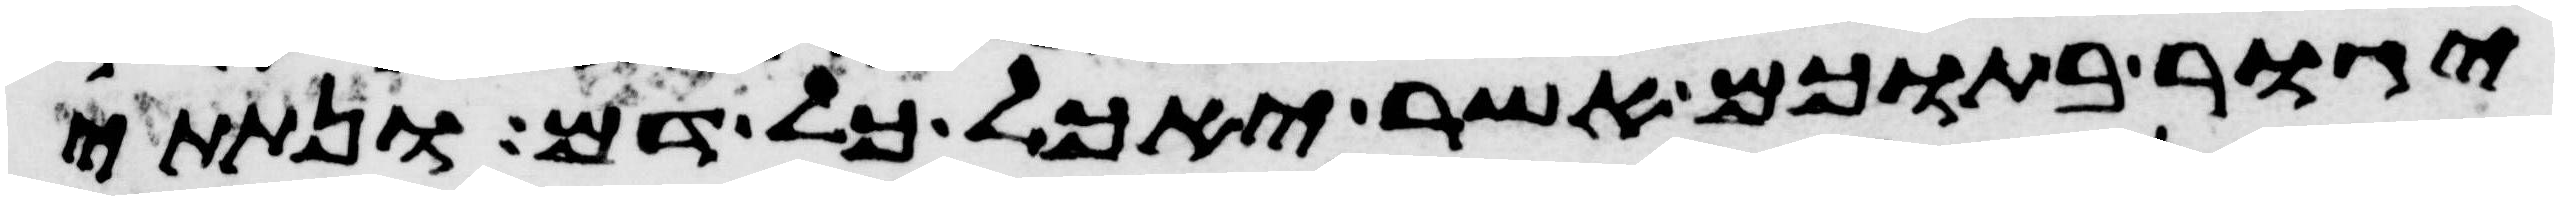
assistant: יגור בתוכם אשר יאכל כל דם ונתתי